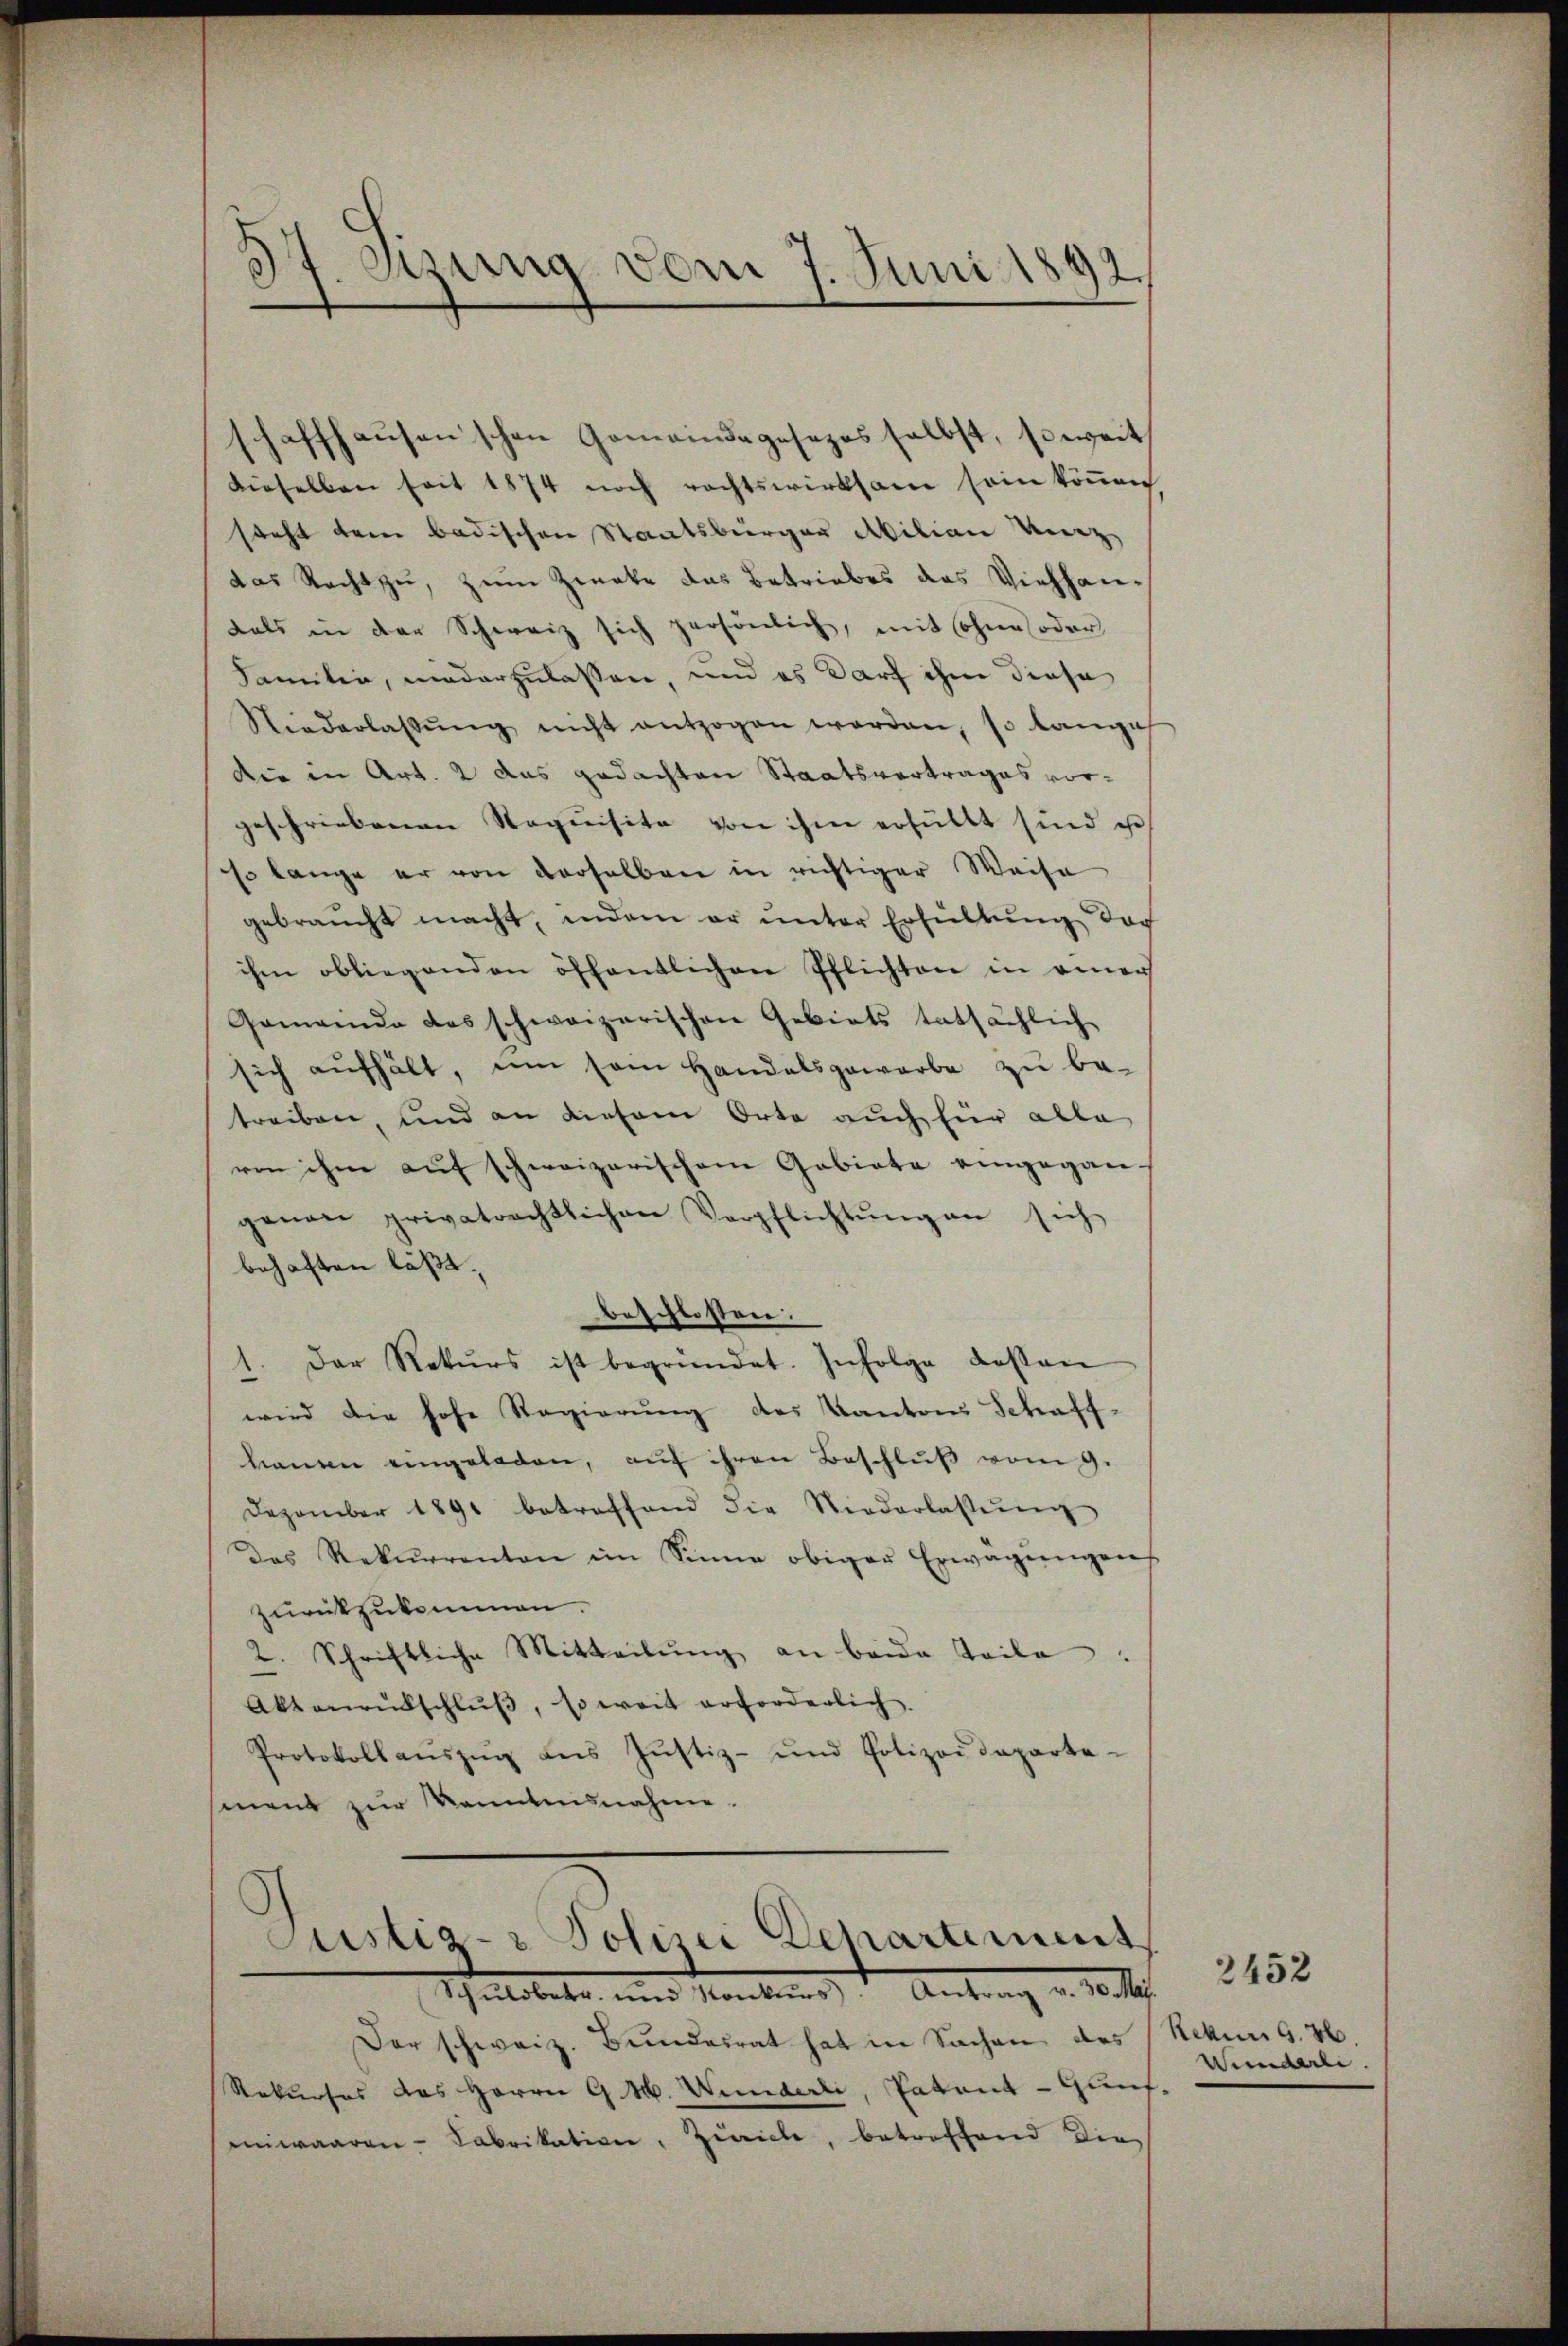
z
37. Sitzung vom 7. Juni 1892.

schaffhausen schon Gemeindegesezes selbst, soweit
dieselben seit 1874 noch rechtswirksam sein könen
steht dem badischen Staatsbürger Milian Verz
das Recht zŭ, zum Zwecke das Betriebes das Viehhandals in der Schweiz sich persönlich, mit ohne oder
Familie, niederzulassen, und es darf ihm diese
Niederlassŭng nicht entzogen worden, so langes
die in Art. 2 das gedachten Staatsvertrages vorgeschriebenen Requisite von ihm erfüllt sind u
so lange er von derselben in richtiger Weise
gebraucht macht, indem er unter Erfüllŭng doch
ihm obliegenden öffentlichen Pflichten in einer
Gemeinde das schweizerischen Gebiets tatsächlich
sich aufhält, um sein Handelsgewarbe zu be-
treiben, und an diesem Orte auch hier alle
ren ihm auf schweizerischem Gebiete eingegan-
genau privatrechtlichen Verpflichtŭng an sich
behaften läßt.
beschlossen:
1. Der Rekŭrs ist begründet. Infolge dessen
wird die hohe Regierung des Kantons Schaff-
hanen eingeladen, aŭf ihren Beschlŭβ vom 9.
Dezember 1891 betreffend die Niederlassŭng
Das Rekurrenten im Sinne obiger Erwägungens
zurückzukommen.
2. Schriftliche Mitteilŭng an beide Teile:
Aktenrückschlŭβ, so weit erforderlich.
Protokollaŭszŭg aŭs Jŭstiz- und Polizeideparte-
sment zur Kenntnisnahme.
)
Stattete, und stantens Antrag v. 10. M
Der schweiz. Bŭndesrat hat in Sachen des (Rekurs G. 26
Rekurses das Herrn G. M. Wunderli, Patent-Gunt.
mwaaren- Sabrikation, Zürich, betroffend die

ustiz- & Polizei Departement

Wunderli.

2452